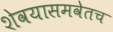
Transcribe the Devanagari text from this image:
शेवयासमवेतच